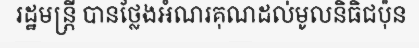
រដ្ឋមន្ត្រី បានថ្លែងអំណរគុណដល់មូលនិធិជប៉ុន